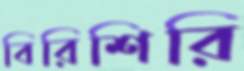
বিরিশিরি